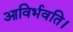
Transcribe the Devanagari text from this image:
आविर्भवति।